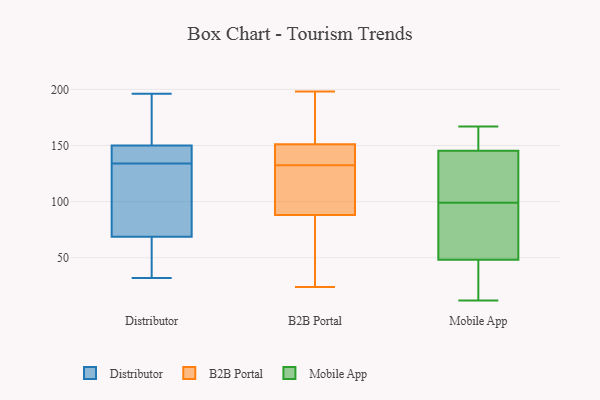
{"axis": {"x": "Market Share (%)", "y": "Value"}, "legend": ["B2B Portal", "Distributor", "Mobile App"], "data": [{"x": "", "y": 137, "type": "Distributor"}, {"x": "", "y": 105, "type": "Distributor"}, {"x": "", "y": 64, "type": "Distributor"}, {"x": "", "y": 165, "type": "Distributor"}, {"x": "", "y": 83, "type": "Distributor"}, {"x": "", "y": 81, "type": "Distributor"}, {"x": "", "y": 70, "type": "Distributor"}, {"x": "", "y": 134, "type": "Distributor"}, {"x": "", "y": 135, "type": "Distributor"}, {"x": "", "y": 184, "type": "Distributor"}, {"x": "", "y": 65, "type": "Distributor"}, {"x": "", "y": 32, "type": "Distributor"}, {"x": "", "y": 52, "type": "Distributor"}, {"x": "", "y": 186, "type": "Distributor"}, {"x": "", "y": 145, "type": "Distributor"}, {"x": "", "y": 196, "type": "Distributor"}, {"x": "", "y": 136, "type": "Distributor"}, {"x": "", "y": 47, "type": "B2B Portal"}, {"x": "", "y": 150, "type": "B2B Portal"}, {"x": "", "y": 191, "type": "B2B Portal"}, {"x": "", "y": 194, "type": "B2B Portal"}, {"x": "", "y": 150, "type": "B2B Portal"}, {"x": "", "y": 144, "type": "B2B Portal"}, {"x": "", "y": 24, "type": "B2B Portal"}, {"x": "", "y": 122, "type": "B2B Portal"}, {"x": "", "y": 132, "type": "B2B Portal"}, {"x": "", "y": 99, "type": "B2B Portal"}, {"x": "", "y": 151, "type": "B2B Portal"}, {"x": "", "y": 151, "type": "B2B Portal"}, {"x": "", "y": 74, "type": "B2B Portal"}, {"x": "", "y": 39, "type": "B2B Portal"}, {"x": "", "y": 88, "type": "B2B Portal"}, {"x": "", "y": 133, "type": "B2B Portal"}, {"x": "", "y": 198, "type": "B2B Portal"}, {"x": "", "y": 131, "type": "B2B Portal"}, {"x": "", "y": 28, "type": "Mobile App"}, {"x": "", "y": 167, "type": "Mobile App"}, {"x": "", "y": 99, "type": "Mobile App"}, {"x": "", "y": 55, "type": "Mobile App"}, {"x": "", "y": 75, "type": "Mobile App"}, {"x": "", "y": 160, "type": "Mobile App"}, {"x": "", "y": 85, "type": "Mobile App"}, {"x": "", "y": 142, "type": "Mobile App"}, {"x": "", "y": 155, "type": "Mobile App"}, {"x": "", "y": 122, "type": "Mobile App"}, {"x": "", "y": 22, "type": "Mobile App"}, {"x": "", "y": 12, "type": "Mobile App"}, {"x": "", "y": 55, "type": "Mobile App"}, {"x": "", "y": 21, "type": "Mobile App"}, {"x": "", "y": 102, "type": "Mobile App"}, {"x": "", "y": 115, "type": "Mobile App"}, {"x": "", "y": 160, "type": "Mobile App"}]}